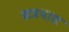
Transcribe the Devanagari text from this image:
छत्रपाल